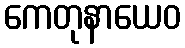
ကေတုနာယေဝ